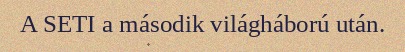
A SETI a második világháború után.